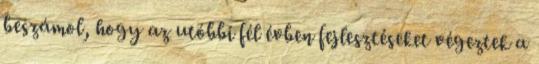
beszámol, hogy az utóbbi fél évben fejlesztéseket végeztek a